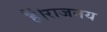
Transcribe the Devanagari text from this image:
हैं।राजनय